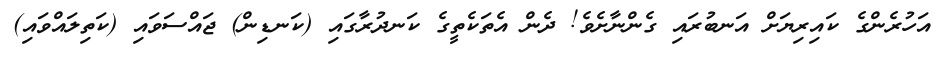
އަހުރެންގެ ކައިރިޔަށް އަނބުރައި ގެންނާށެވެ! ދެން އެތަކެތީގެ ކަނދުރާގައި (ކަނޑިން) ޖައްސަވައި (ކަތިލައްވައި)